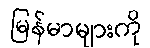
မြန်မာများကို